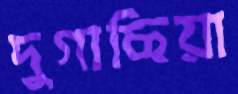
দুগাছিয়া